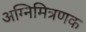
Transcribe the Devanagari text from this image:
अग्निमित्रणक